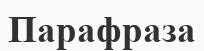
Парафраза